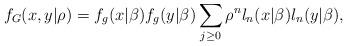
LaTeX: \begin{align*}f_{G}(x,y|\rho )=f_{g}(x|\beta )f_{g}(y|\beta )\sum_{j\geq 0}\rho^{n}l_{n}(x|\beta )l_{n}(y|\beta ), \end{align*}